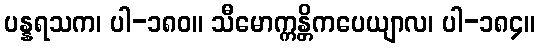
ပန္နရသက၊ ပါ-၁၈၀။ သီမောက္ကန္တိကပေယျာလ၊ ပါ-၁၈၄။